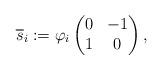
LaTeX: \begin{align*}\overline{s}_i:=\varphi_i\begin{pmatrix} 0 & -1 \\ 1 & 0\end{pmatrix},\end{align*}